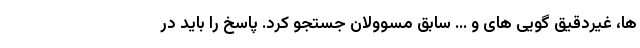
ها، غیردقیق گویی های و ... سابق مسوولان جستجو کرد. پاسخ را باید در